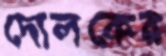
দোলকের